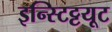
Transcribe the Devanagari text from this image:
इन्स्टिट्टयूट